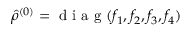
\hat { \rho } ^ { ( 0 ) } = \mathrm { ~ d ~ i ~ a ~ g ~ } ( f _ { 1 } , f _ { 2 } , f _ { 3 } , f _ { 4 } )